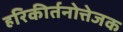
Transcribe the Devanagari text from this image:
हरिकीर्तनोत्तेजक